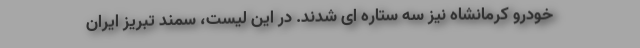
خودرو کرمانشاه نیز سه ستاره ای شدند. در این لیست، سمند تبریز ایران